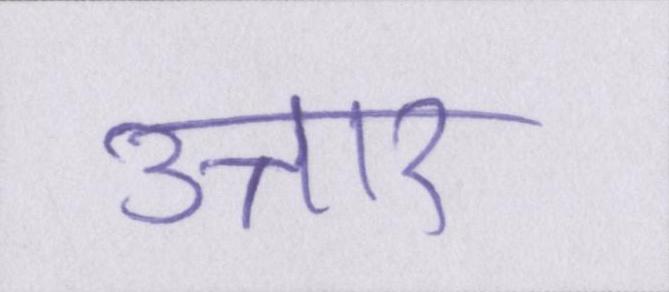
उत्तार